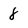
Character: 8